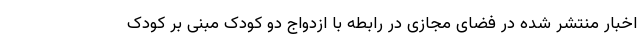
اخبار منتشر شده در فضای مجازی در رابطه با ازدواج دو کودک مبنی بر کودک